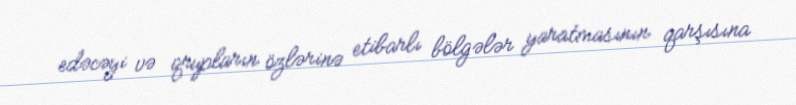
edəcəyi və qrupların özlərinə etibarlı bölgələr yaratmasının qarşısına